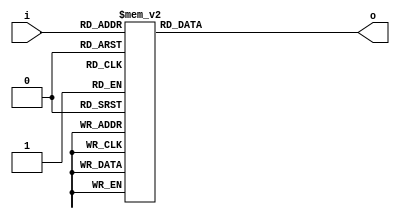
module seven_segment(
input [3:0]i,
output reg [6:0]o
);


// HEX out - rewire DE2
//  ---a---
// |       |
// f       b
// |       |
//  ---g---
// |       |
// e       c
// |       |
//  ---d---

always @(*)
begin
	case (i)	    // abcdefg
         4'b0000:
				o = 7'b1000000;
			4'b0001:
				o = ~7'b0000110;
			4'b0010:
				o = ~7'b1011011;
			4'b0011:
				o = ~7'b1001111;
			4'b0100:
				o = ~7'b1100110;
			4'b0101:
				o = ~7'b1101101;
			
			4'b0110:
				o = 7'b0000010;
				
			4'b0111:
				o = 7'b1111000;
			4'b1000:
				o = 7'b0000000;
			4'b1001:
				o = 7'b0011000;
			
			4'b1010:
				o = 7'b1000000;
			
		   
			
			
			
			
			default: 
				o = 7'b1000000;
	endcase
end

endmodule